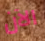
الآن